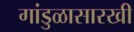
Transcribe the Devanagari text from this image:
गांडुळासारखी